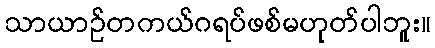
သာယာဉ်တကယ်ဂရပ်ဖစ်မဟုတ်ပါဘူး။